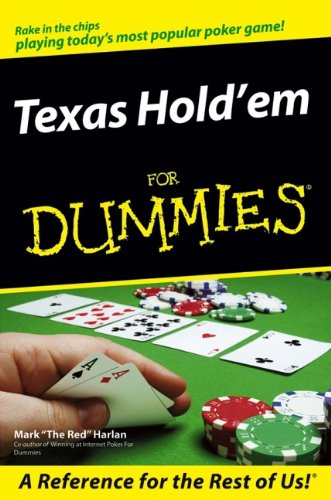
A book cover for Texas Hold'em For Dummies; Mark Harlan; Humor & Entertainment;